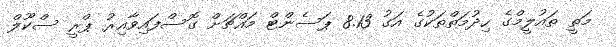
މަތީ ތައުލީމްގެ ހިދުމަތްތަކުގެ އަގު 8.13 ޕަސެންޓް މައްޗަށް ގޮސްފައިވާއިރު ޕްރީ ސްކޫލް